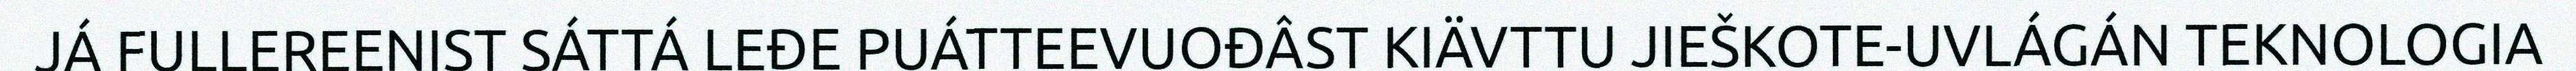
JÁ FULLEREENIST SÁTTÁ LEĐE PUÁTTEEVUOĐÂST KIÄVTTU JIEŠKOTE-UVLÁGÁN TEKNOLOGIA